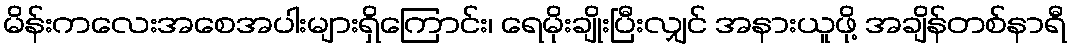
မိန်းကလေးအစေအပါးများရှိကြောင်း၊ ရေမိုးချိုးပြီးလျှင် အနားယူဖို့ အချိန်တစ်နာရီ